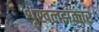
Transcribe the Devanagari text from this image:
शृंखलझंकार